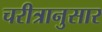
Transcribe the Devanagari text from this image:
चरीत्रानुसार